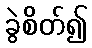
ခွဲစိတ်၍